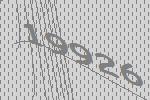
19926